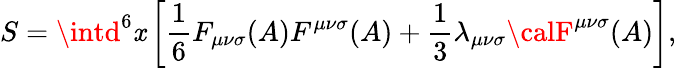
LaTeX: S=\intd^{6}\mathit{x}\left[{\frac{1}{6}}F_{{\mu}{\nu}{\sigma}}(A)F^{{\mu}{\nu}{\sigma}}(A)+{\frac{1}{3}}{\lambda}_{{\mu}{\nu}{\sigma}}{\calF}^{{\mu}{\nu}{\sigma}}(A)\right],